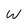
Character: W